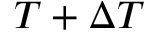
T + \Delta T